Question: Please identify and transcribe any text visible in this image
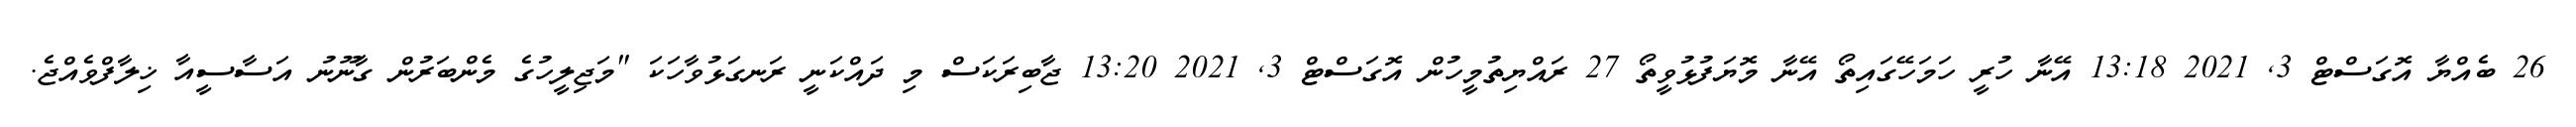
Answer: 26 ބެއްޔާ އޮގަސްޓް 3, 2021 13:18 އޭނާ ހުރީ ހަމަހޭގައިތޯ އޭނާ މޮޔަފުޅުވީތޯ 27 ރައްޔިތުމީހުން އޮގަސްޓް 3, 2021 13:20 ޖާބިރަކަސް މި ދައްކަނީ ރަނގަޅުވާހަކަ "މަޖިލީހުގެ މެންބަރުން ގާނޫނު އަސާސީއާ ޚިލާފްވެއްޖެ.